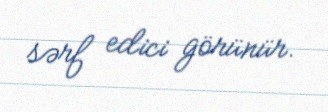
sərf edici görünür.